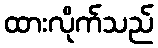
ထားလိုက်သည်